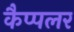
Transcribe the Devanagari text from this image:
कैप्पलर